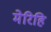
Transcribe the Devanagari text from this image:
मेरिहि